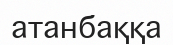
атанбаққа